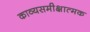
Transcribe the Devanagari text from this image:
काव्यसमीक्षात्मक